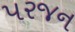
પરજન